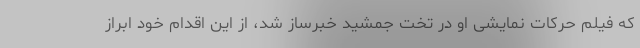
که فیلم حرکات نمایشی او در تخت جمشید خبرساز شد، از این اقدام خود ابراز